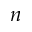
n